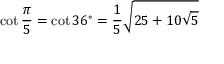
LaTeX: \cot { \frac { \pi } { 5 } } = \cot 3 6 ^ { \circ } = { \frac { 1 } { 5 } } { \sqrt { 2 5 + 1 0 { \sqrt { 5 } } } }